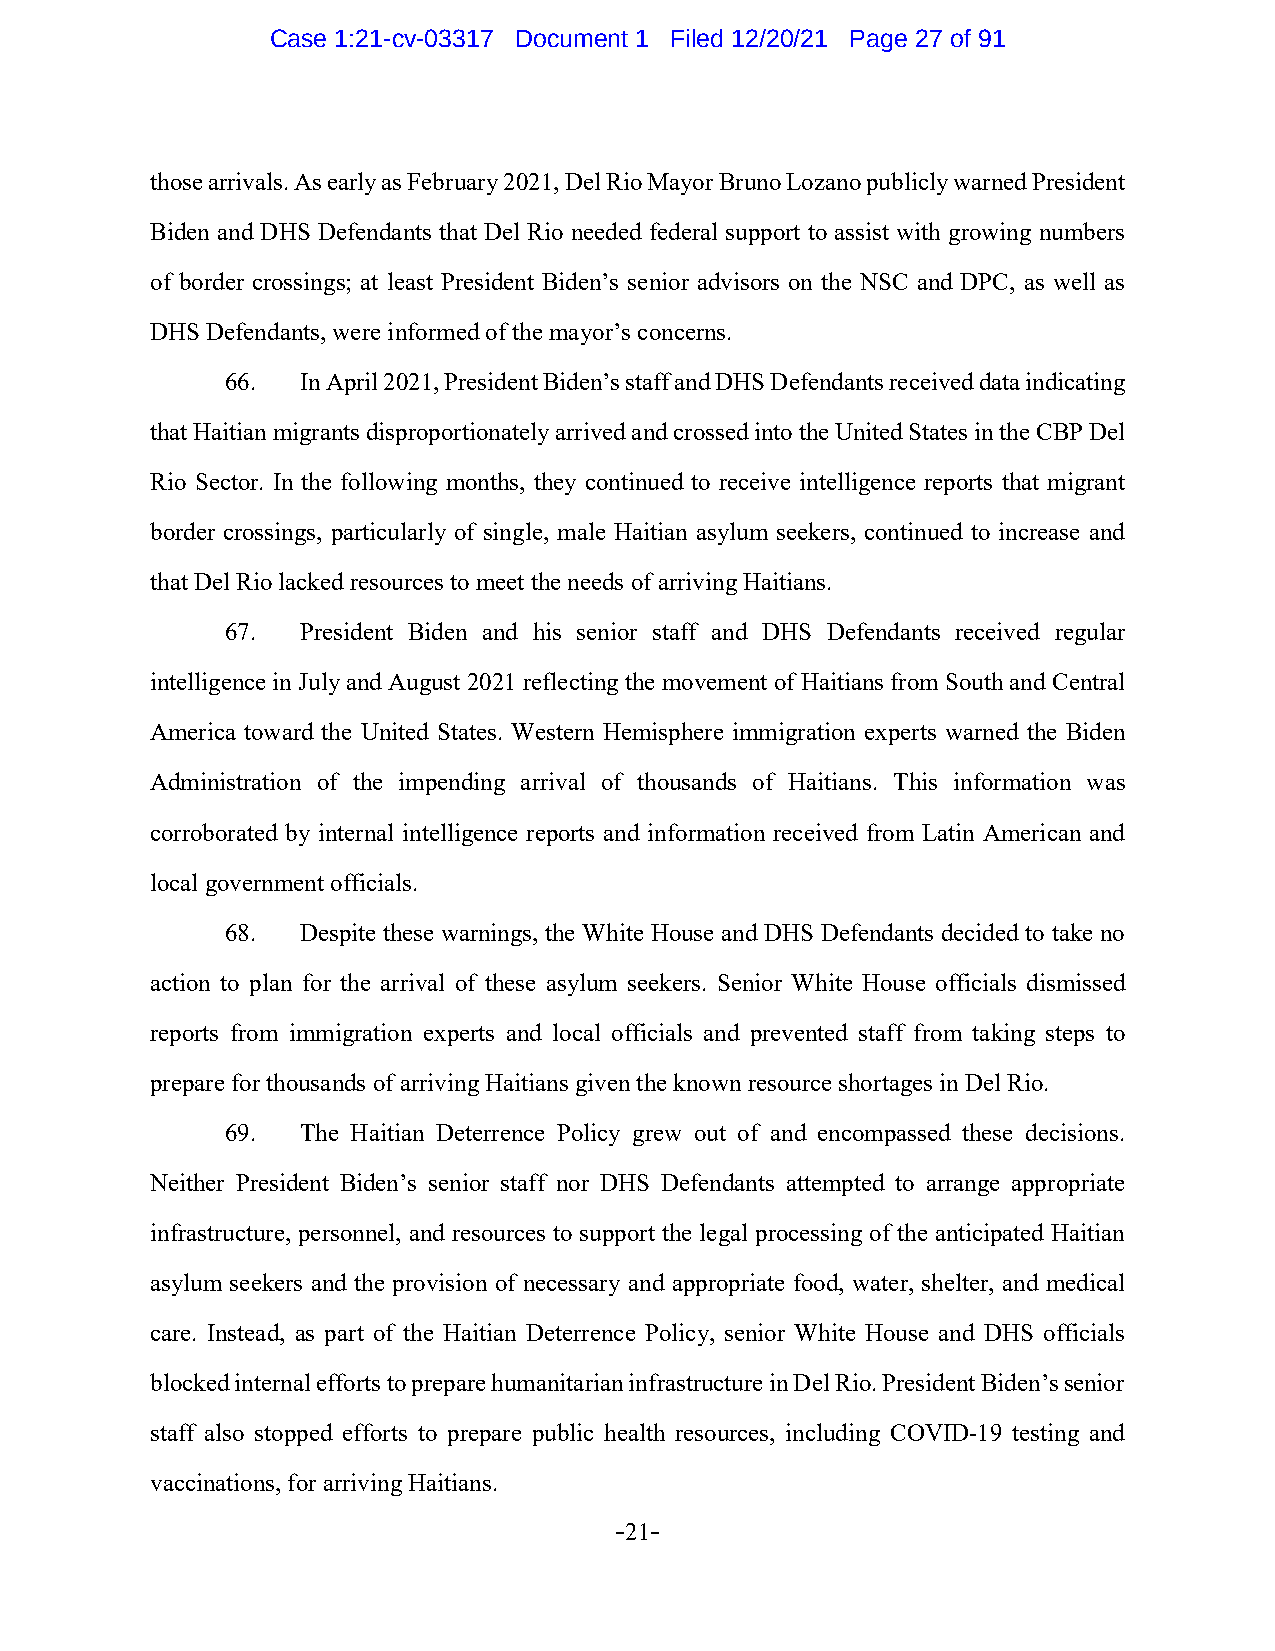
Case 1:21-cv-03317 Document 1 Filed 12/20/21 Page 27 of 91
 those arrivals. As early as February 2021, Del Rio Mayor Bruno Lozano publicly warned President
 Biden and DHS Defendants that Del Rio needed federal support to assist with growing numbers
 of border crossings; at least President Biden’s senior advisors on the NSC and DPC, as well as
 DHS Defendants, were informed of the mayor’s concerns.
 66.  In April 2021, President Biden’s staff and DHS Defendants received data indicating
 that Haitian migrants disproportionately arrived and crossed into the United States in the CBP Del
 Rio Sector. In the following months, they continued to receive intelligence reports that migrant
 border crossings, particularly of single, male Haitian asylum seekers, continued to increase and
 that Del Rio lacked resources to meet the needs of arriving Haitians.
 67.  President Biden and his senior staff and DHS Defendants received regular
 intelligence in July and August 2021 reflecting the movement of Haitians from South and Central
 America toward the United States. Western Hemisphere immigration experts warned the Biden
 Administration of the impending arrival of thousands of Haitians. This information was
 corroborated by internal intelligence reports and information received from Latin American and
 local government officials.
 68.  Despite these warnings, the White House and DHS Defendants decided to take no
 action to plan for the arrival of these asylum seekers. Senior White House officials dismissed
 reports from immigration experts and local officials and prevented staff from taking steps to
 prepare for thousands of arriving Haitians given the known resource shortages in Del Rio.
 69.  The Haitian Deterrence Policy grew out of and encompassed these decisions.
 Neither President Biden’s senior staff nor DHS Defendants attempted to arrange appropriate
 infrastructure, personnel, and resources to support the legal processing of the anticipated Haitian
 asylum seekers and the provision of necessary and appropriate food, water, shelter, and medical
 care. Instead, as part of the Haitian Deterrence Policy, senior White House and DHS officials
 blocked internal efforts to prepare humanitarian infrastructure in Del Rio. President Biden’s senior
 staff also stopped efforts to prepare public health resources, including COVID-19 testing and
 vaccinations, for arriving Haitians.
 -21-